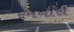
રમનારી